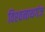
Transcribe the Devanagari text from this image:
विश्‍वनाथगंज